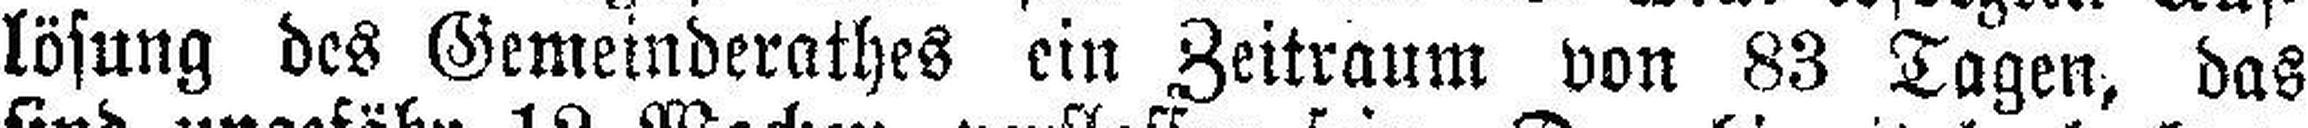
lösung des Gemeinderathes ein Zeitraum von 83 Tagen, das